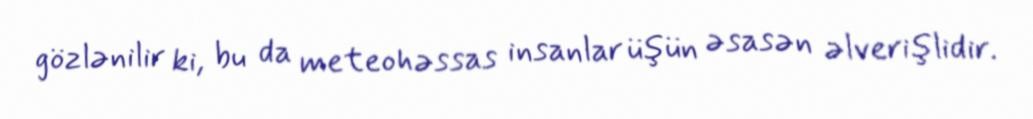
gözlənilir ki, bu da meteohəssas insanlar üşün əsasən əlverişlidir.